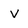
Character: V